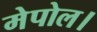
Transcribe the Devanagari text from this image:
मेपोल।